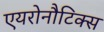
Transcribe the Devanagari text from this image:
एयरोनौटिक्स